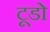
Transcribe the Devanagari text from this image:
टूडो